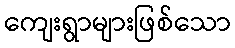
ကျေးရွာများဖြစ်သော